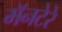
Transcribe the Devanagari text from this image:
मॅनटेरे